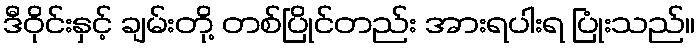
ဒီဝိုင်းနှင့် ချမ်းတို့ တစ်ပြိုင်တည်း အားရပါးရ ပြုံးသည်။